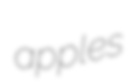
apples